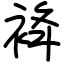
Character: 袶